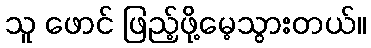
သူ ဖောင် ဖြည့်ဖို့မေ့သွားတယ်။